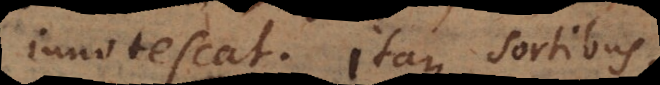
innotescat. Itaque sortibus